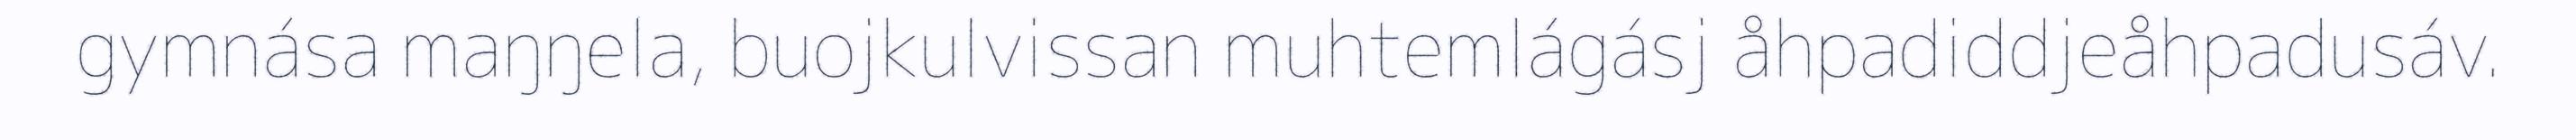
gymnása maŋŋela, buojkulvissan muhtemlágásj åhpadiddjeåhpadusáv.